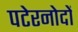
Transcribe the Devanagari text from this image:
पटेरनोदों